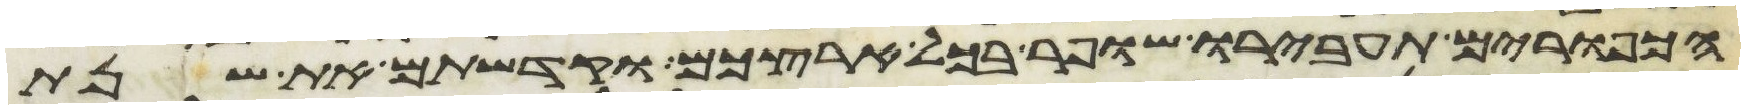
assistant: הכפורים תעבירו שופר בכל ארצכם וקדשתם את שנת